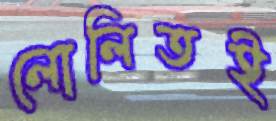
লোলিতই